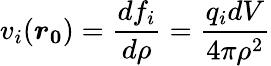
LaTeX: v_{i}(\boldsymbol{r_{0}})=\frac{df_{i}}{d\rho}=\frac{q_{i}dV}{4\pi\rho^{2}}